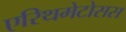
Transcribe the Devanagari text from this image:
एरिथमेटोसस